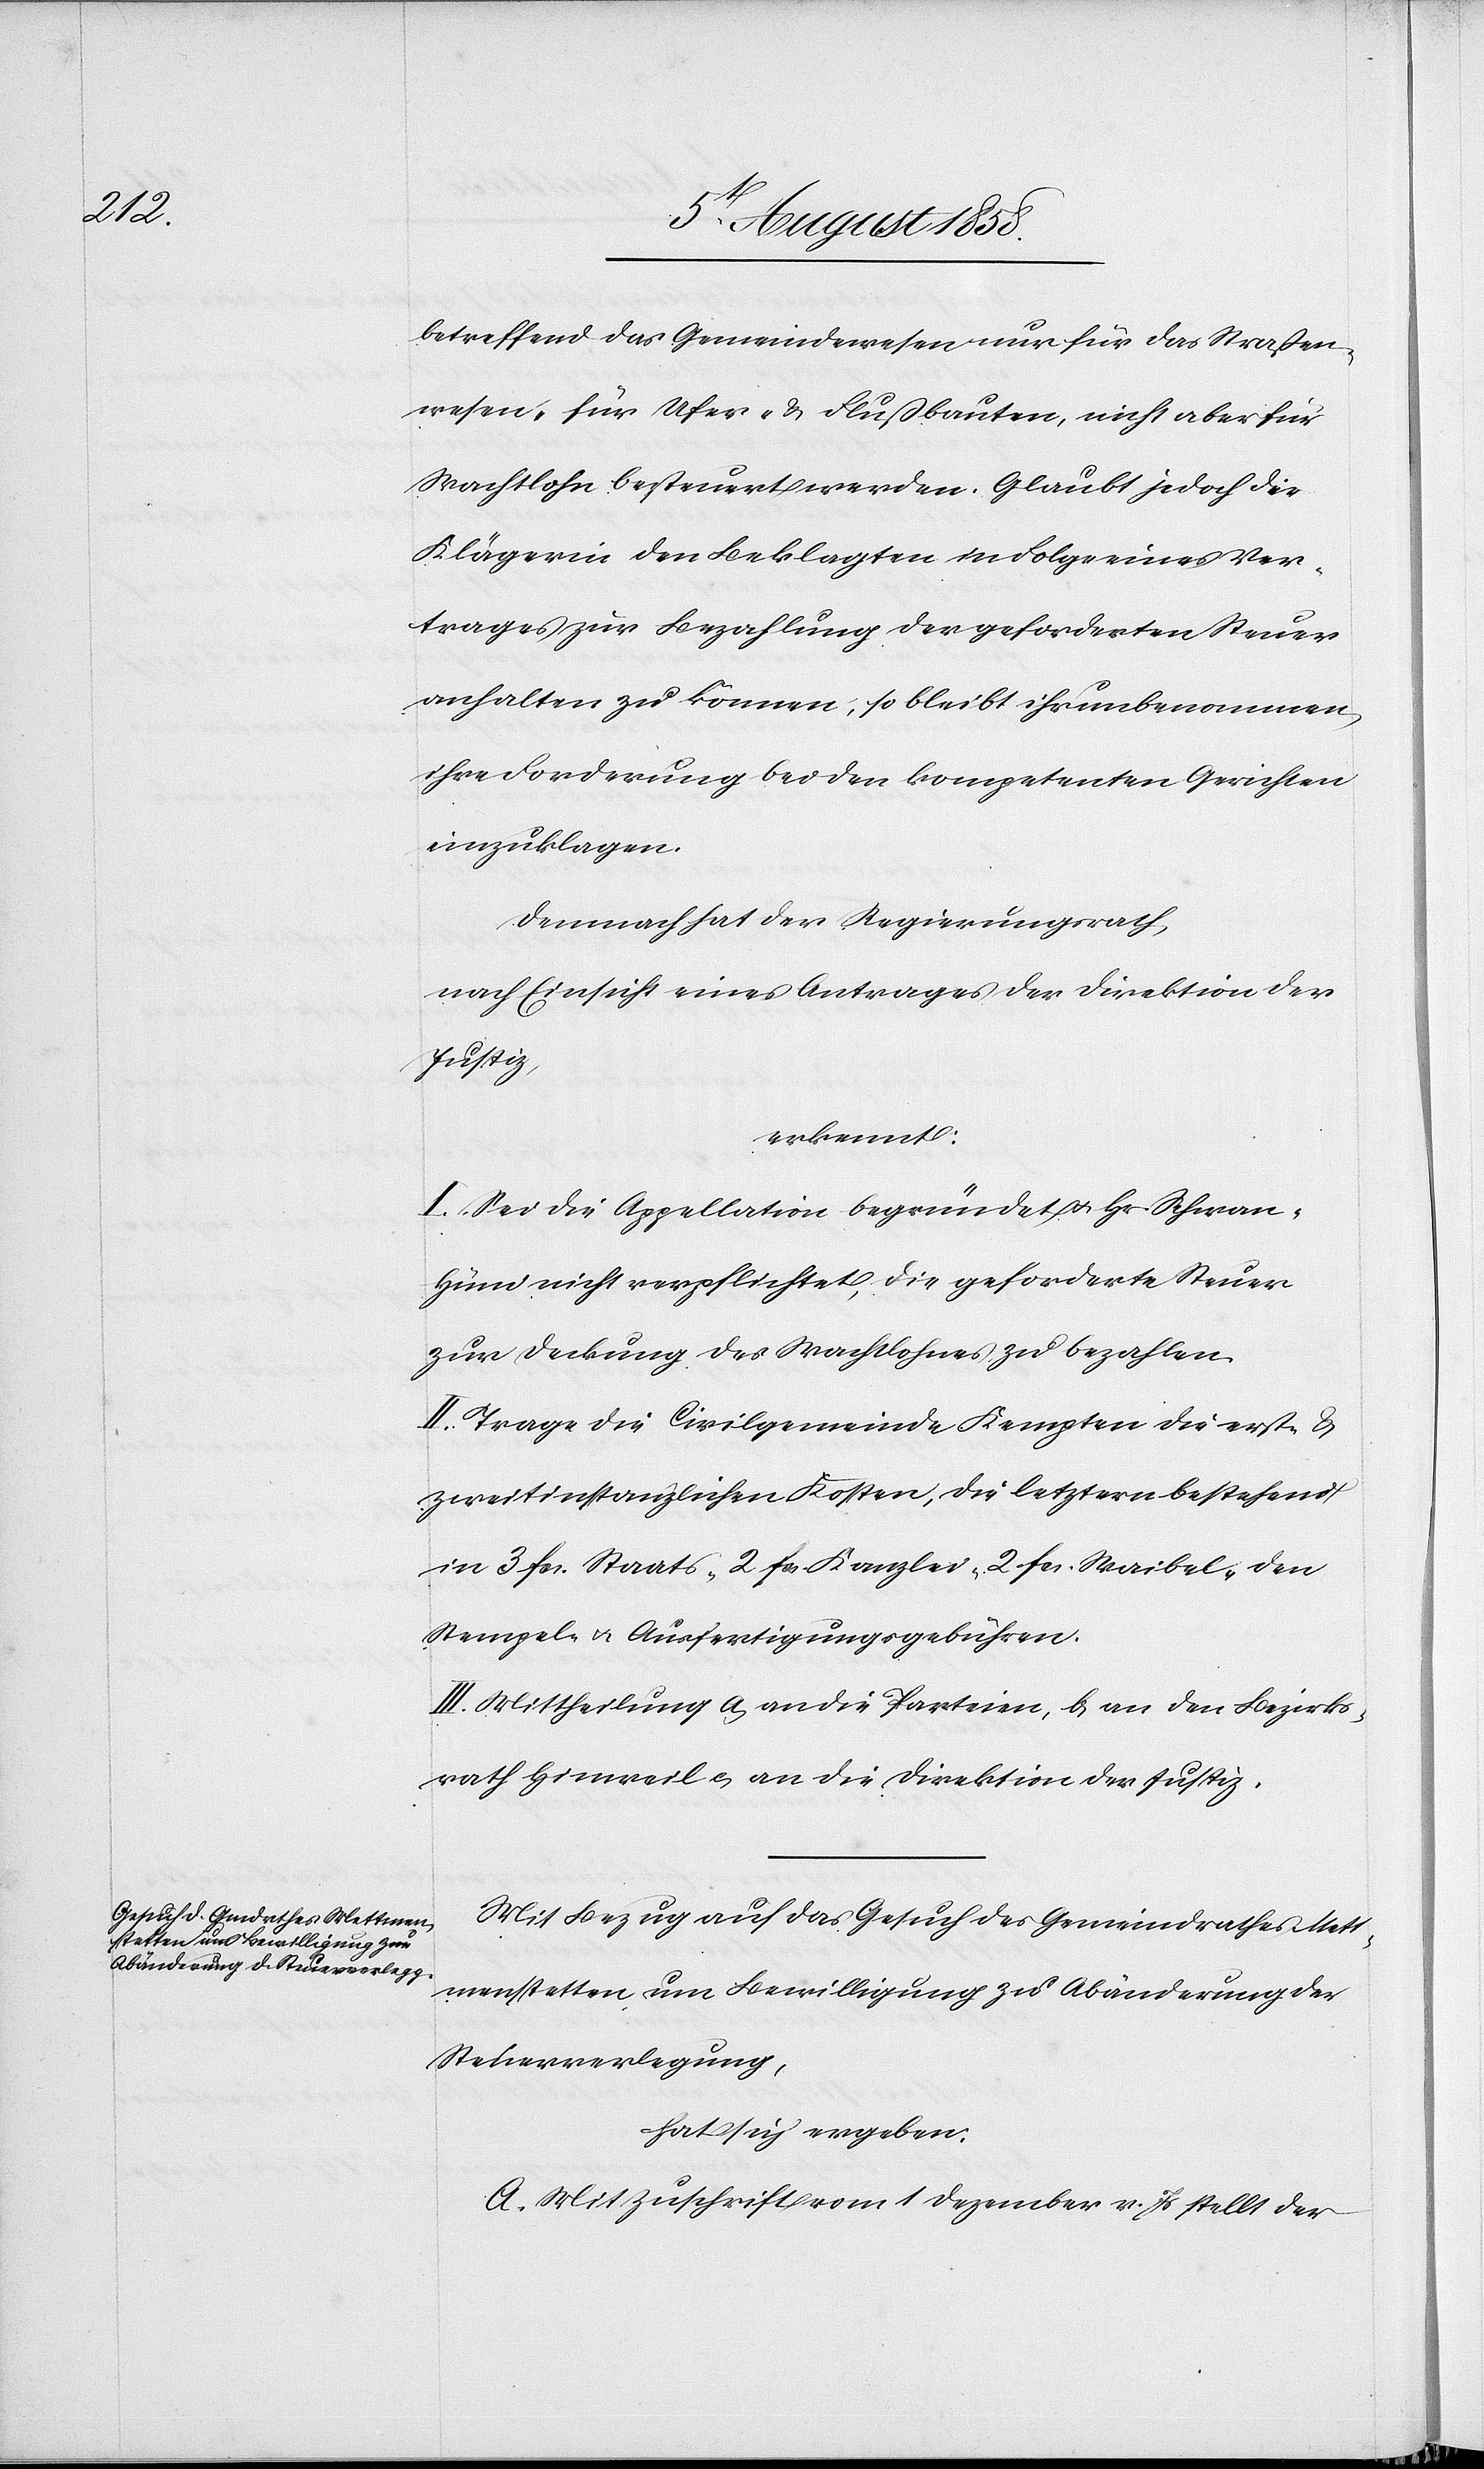
betreffend das Gemeindewesen nur für das Straßen¬
wesen, für Ufer- & Flußbauten, nicht aber für
Wachtlohn besteuert werden. Glaubt jedoch die
Klägerin den Beklagten in Folge eines Ver¬
trages zur Bezahlung der geforderten Steuer
anhalten zu können, so bleibt ihr unbenommen,
ihre Forderung bei den kompetenten Gerichten
einzuklagen.
Demnach hat der Regierungsrath,
nach Einsicht eines Antrages der Direktion der
Justiz,
erkennt:
I. Sei die Appellation begründet & Hr. Schwan-H¬
üni nicht verpflichtet, die geforderte Steuer
zur Deckung des Wachtlohnes zu bezahlen.
II. Trage die Civilgemeinde Kempten die erst- &
zweitinstanzlichen Kosten, die letztern bestehend
in 3 fcs. Staats-[,] 2 fcs. Kanzlei-[,] 2 fcs. Waibel-[,] den
Stempel- & Ausfertigungsgebühren.
III. Mittheilung a) an die Parteien, b) an den Bezirks¬
rath Hinweil c) an die Direktion der Justiz.
Mit Bezug auf das Gesuch des Gemeindrathes Mett¬
menstetten um Bewilligung zu Abänderung der
Steuerverlegung,
hat sich ergeben:
A. Mit Zuschrift vom 1 Dezember v. Js stellt der